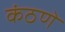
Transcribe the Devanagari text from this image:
कंठणे